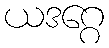
ယဒဂ္ဂေ